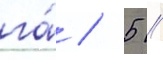
га́ / 5 /